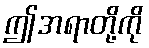
ဤအရာတို့ကို